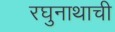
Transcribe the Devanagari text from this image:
रघुनाथाची